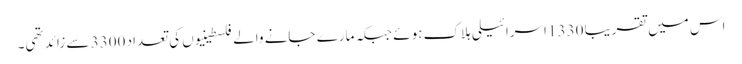
اس میں تقریبا 1330 اسرائیلی ہلاک ہوئے جبکہ مارے جانے والے فلسطینیوں کی تعداد 3300 سے زائد تھی۔